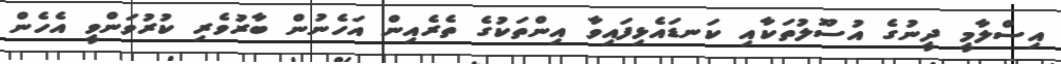
އިސްލާމީ ދީނުގެ އުސޫލުތަކާއި ކަނޑައެޅިފައިވާ އިންތަކުގެ ތެރެއިން އަހެނުން ބާރުވެރި ކުރުވަންވީ އެހެން